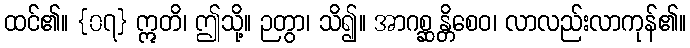
ထင်၏။ {၀၇} ဣတိ၊ ဤသို့။ ဉတွာ၊ သိ၍။ အာဂစ္ဆန္တိစေဝ၊ လာလည်းလာကုန်၏။